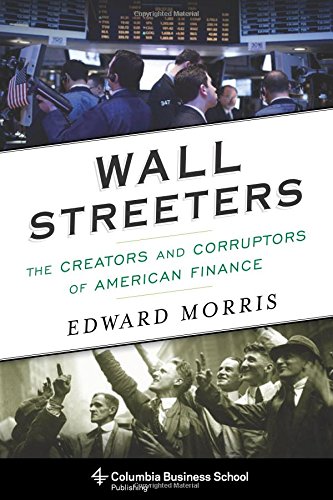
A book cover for Wall Streeters: The Creators and Corruptors of American Finance (Columbia Business School Publishing); Edward Morris; Business & Money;